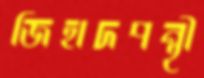
জিহাদপন্থী